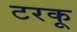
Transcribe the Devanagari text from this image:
टरकू